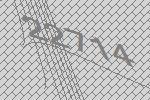
22714